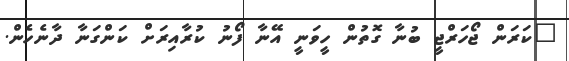
"ކަރަން ޖޯހަރްޖީ ބުނާ ގޮތުން ހީވަނީ އޭނާ ފޯނު ކުރާއިރަށް ކަންގަނާ ދާނެހެން.